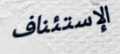
الإستئناف